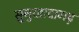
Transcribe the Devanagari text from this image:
सुनुखादागढ़